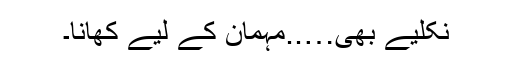
نکلیے بھی…..مہمان کے لیے کھانا۔